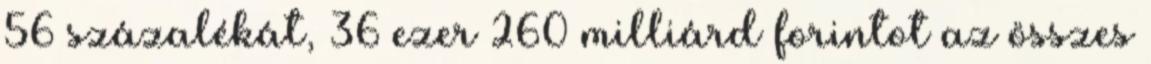
56 százalékát, 36 ezer 260 milliárd forintot az összes